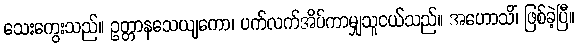
သေးကွေးသည်။ ဥတ္တာနသေယျကော၊ ပက်လက်အိပ်ကာမျှသူငယ်သည်။ အဟောသိံ၊ ဖြစ်ခဲ့ပြီ။